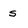
Character: s